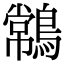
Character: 𪄹